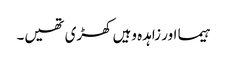
ہیما اور زاہدہ وہیں کھڑی تھیں۔